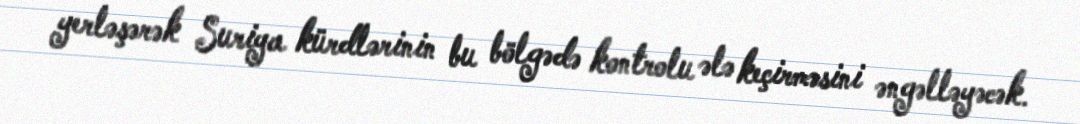
yerləşərək Suriya kürdlərinin bu bölgədə kontrolu ələ keçirməsini əngəlləyəcək.